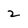
Character: 2